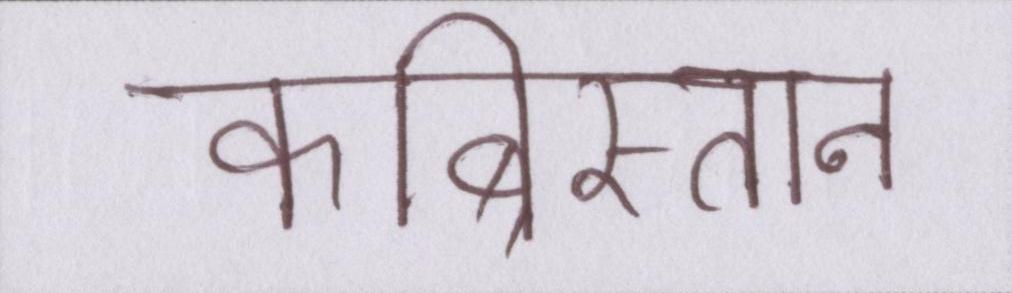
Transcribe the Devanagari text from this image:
कब्रिस्तान